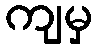
ကျမှ